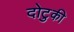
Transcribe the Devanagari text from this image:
दोटुकी